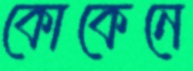
কোকেনে